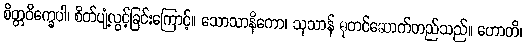
စိတ္တဝိက္ခေပါ၊ စိတ်ပျံ့လွင့်ခြင်းကြောင့်။ သောသာနိကော၊ သုသာန် ဓုတင်ဆောက်တည်သည်။ ဟောတိ၊